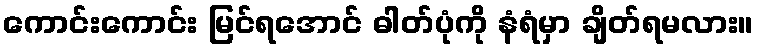
ကောင်းကောင်း မြင်ရအောင် ဓါတ်ပုံကို နံရံမှာ ချိတ်ရမလား။